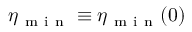
\eta _ { \mathrm { ~ m ~ i ~ n ~ } } \equiv \eta _ { \mathrm { ~ m ~ i ~ n ~ } } ( 0 )